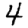
Digit: 4